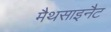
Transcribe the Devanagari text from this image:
मैथसाइनैट